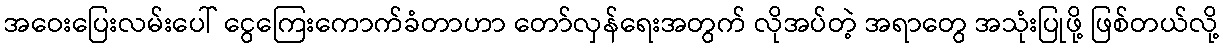
အဝေးပြေးလမ်းပေါ် ငွေကြေးကောက်ခံတာဟာ တော်လှန်ရေးအတွက် လိုအပ်တဲ့ အရာတွေ အသုံးပြုဖို့ ဖြစ်တယ်လို့